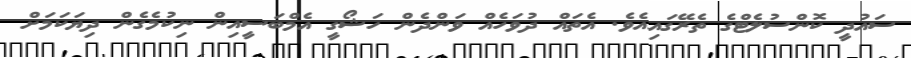
ސައުދީ ކޮންސުލެޓްގެ ތެރޭގައިއެވެ. އެތައް ދުވަހެއް ވަންދެން ހަޝޯގީ އެމްބަސީއިން ނިކުމެގެން ދިޔަކަމަށް